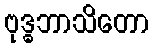
ဗုဒ္ဓဘာသိတော